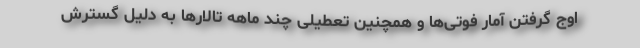
اوج گرفتن آمار فوتی‌ها و همچنین تعطیلی چند ماهه تالارها به دلیل گسترش